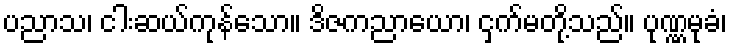
ပညာသ၊ ငါးဆယ်ကုန်သော။ ဒိဇကညာယော၊ ငှက်မတို့သည်။ ပုဏ္ဏမုခံ၊